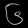
Digit: ၆